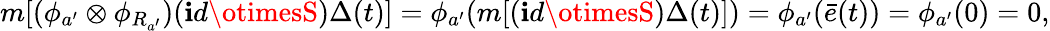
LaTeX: m[(\phi_{a^{\prime}}\otimes\phi_{R_{a^{\prime}}})(\mathbf{i}d\otimesS)\Delta(t)]=\phi_{a^{\prime}}(m[(\mathbf{i}d\otimesS)\Delta(t)])=\phi_{a^{\prime}}(\bar{{e}}(t))=\phi_{a^{\prime}}(0)=0,